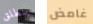
ينطلق غامض